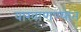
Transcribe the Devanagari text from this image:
वाखाणण्यात